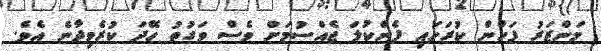
މަންޒަރު ފަހުން ކުރަހައި ފެންކުލަ ޖެއްސުމަށް ވެސް ވަގުތު ހޭދަ ކުރެވިދާނެ އެވެ.